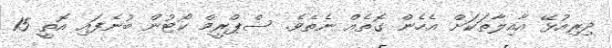
ދިރިއުޅޭ އާއިލާތަކަށް އެހެން ގޮތެއް ނެތެވެ. ސްޕްރީމް ކޯޓުން ބުނެފައި އޮތީ 15